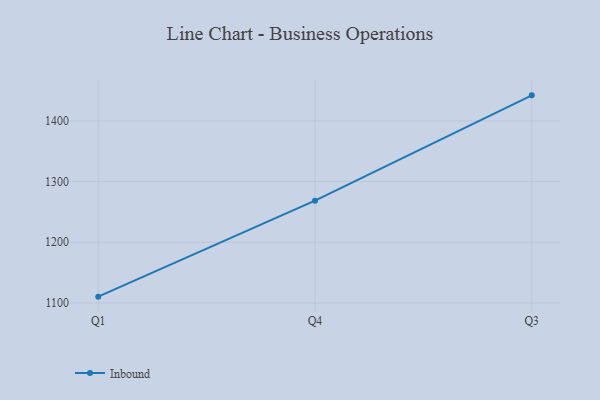
{"axis": {"x": "Quarter", "y": "Inventory Turnover"}, "legend": ["Inbound"], "data": [{"x": "Q1", "y": 1110.4, "type": "Inbound"}, {"x": "Q4", "y": 1268.5, "type": "Inbound"}, {"x": "Q3", "y": 1442.1, "type": "Inbound"}]}